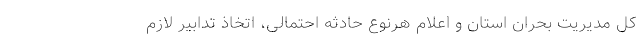
کل مدیریت بحران استان و اعلام هرنوع حادثه احتمالی، اتخاذ تدابیر لازم